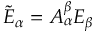
{ \tilde { E } } _ { \alpha } = A _ { \alpha } ^ { \beta } E _ { \beta }